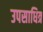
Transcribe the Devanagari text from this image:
उपसाधित्र